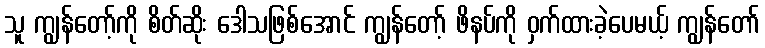
သူ ကျွန်တော့်ကို စိတ်ဆိုး ဒေါသဖြစ်အောင် ကျွန်တော့် ဖိနပ်ကို ဝှက်ထားခဲ့ပေမယ့် ကျွန်တော်